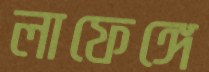
লাফেঙ্গে